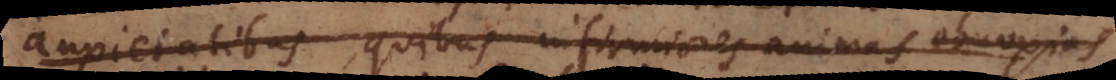
anxietatibus, quibus infirmiores animas obnoxias